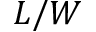
L / W